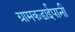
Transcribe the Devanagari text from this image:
ग्रामकडाईपानी